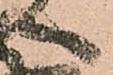
へ